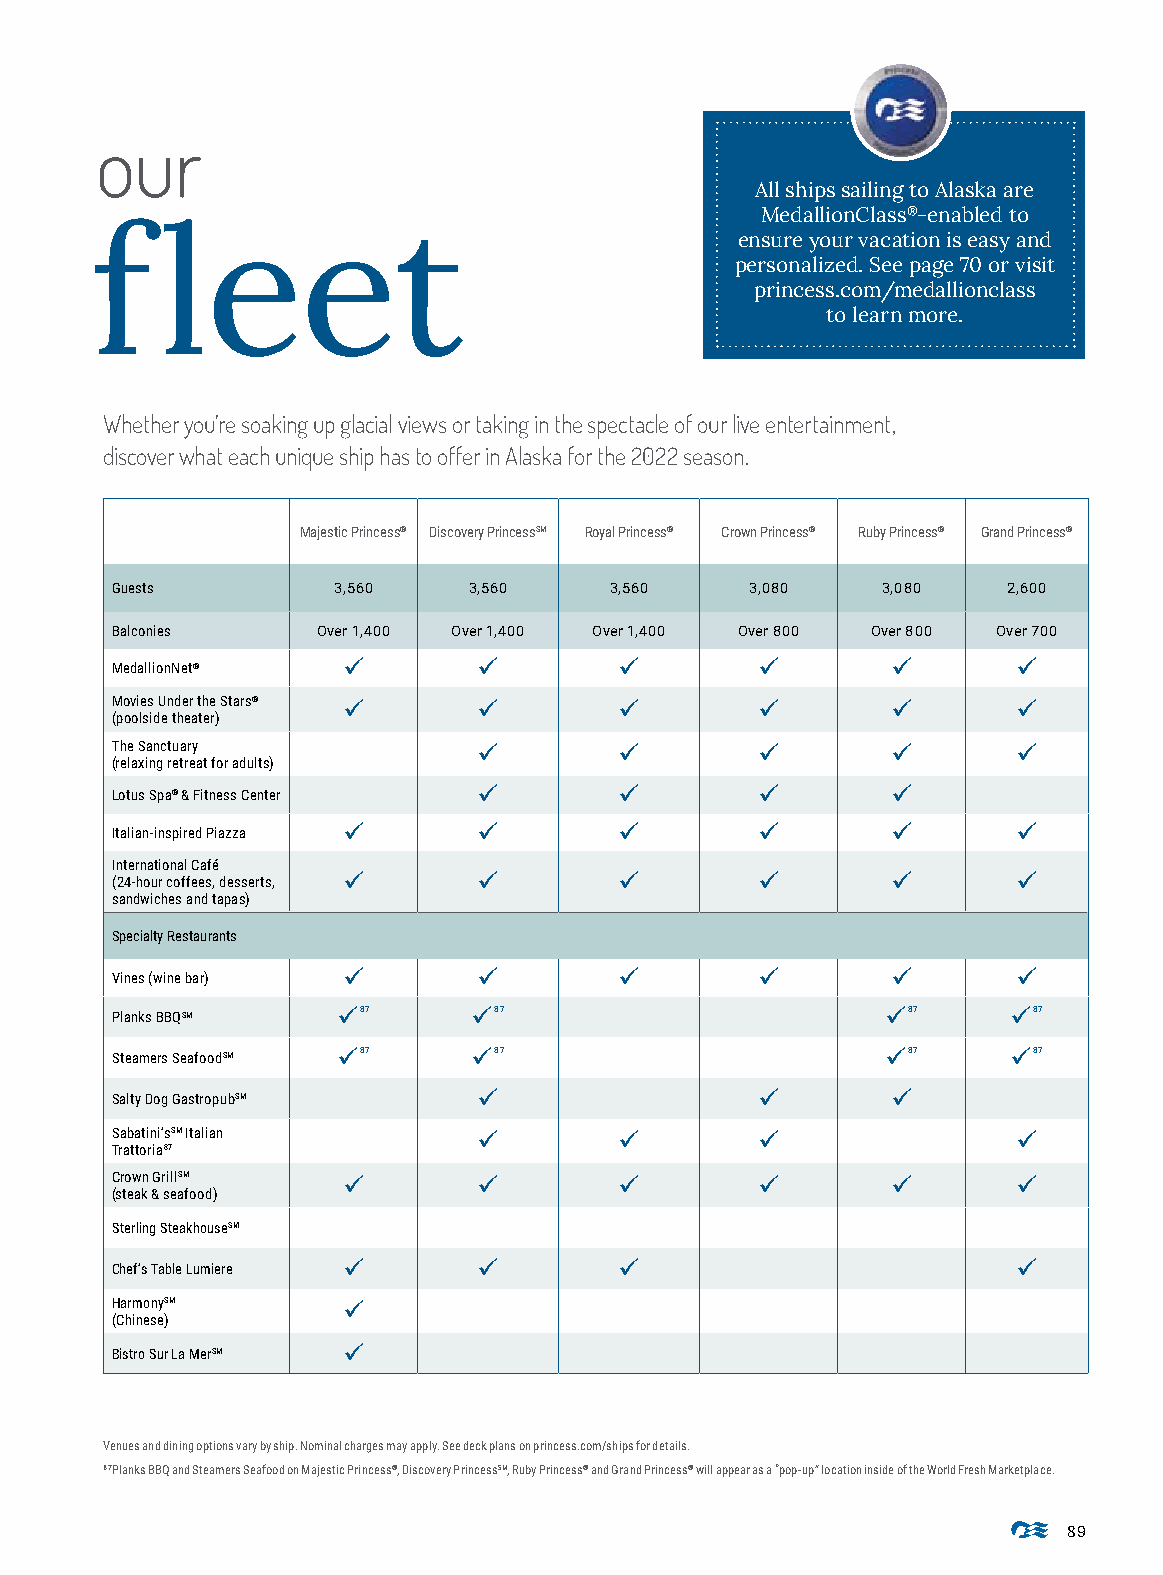
our
 All ships sailing to Alaska are
 MedallionClass®-enabled to
 f    leet
 ensure your vacation is easy and
 personalized. See page 70 or visit
 princess.com/medallionclass
 to learn more.
 Whether you’re soaking up glacial views or taking in the spectacle of our live entertainment,
 discover what each unique ship has to offer in Alaska for the 2022 season.
 Majestic Princess® Discovery PrincessSM Royal Princess® Crown Princess® Ruby Princess® Grand Princess®
 Guests         3,560    3,560    3,560     3,080   3,080    2,600
 Balconies     Over 1,400 Over 1,400 Over 1,400 Over 800 Over 800 Over 700
 MedallionNet®   ü        ü        ü        ü        ü       ü
 Movies Under the Stars® ü ü       ü        ü        ü       ü
 (poolside theater)
 The Sanctuary            ü        ü        ü        ü       ü
 (relaxing retreat for adults)
 Lotus Spa® & Fitness Center ü     ü        ü        ü
 Italian-inspired Piazza ü ü       ü        ü        ü       ü
 International Café
 (24-hour coffees, desserts, ü ü   ü        ü        ü       ü
 sandwiches and tapas)
 Specialty Restaurants
 Vines (wine bar) ü       ü        ü        ü        ü       ü
 Planks BBQSM   ü87      ü87                         ü87     ü87
 Steamers SeafoodSM ü87  ü87                         ü87     ü87
 Salty Dog GastropubSM    ü                 ü        ü
 Sabatini’sSM Italian     ü        ü        ü                ü
 Trattoria87
 Crown GrillSM   ü        ü        ü        ü        ü       ü
 (steak & seafood)
 Sterling SteakhouseSM
 Chef’s Table Lumiere ü   ü        ü                         ü
 HarmonySM       ü
 (Chinese)
 Bistro Sur La MerSM ü
 Venues and dining options vary by ship. Nominal charges may apply. See deck plans on princess.com/ships for details.
 87Planks BBQ and Steamers Seafood on Majestic Princess®, Discovery PrincessSM, Ruby Princess® and Grand Princess® will appear as a “pop-up” location inside of the World Fresh Marketplace.
 89